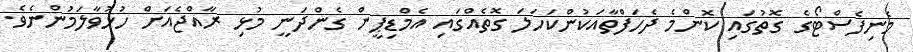
މެނިފެސްޓޯގެ ގޮތުގައި ކޮންމެ ދެހަފްތާއަކުންކަހަލަ ގޮތެއްގައި އެމްޑިޕީން ގެންދަނީ މުޅި ރާއްޖެއަށް ހުޅުވާލަމުންނެވެ.